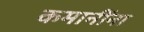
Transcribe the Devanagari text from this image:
कमानींना